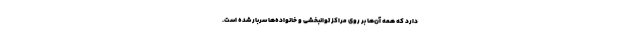
دارد که همه آن‌ها بر روی مراکز توانبخشی و خانواده‌ها سربار شده است.